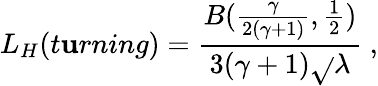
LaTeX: L_{H}(t\mathbf{u}rning)=\frac{{B(\frac{{\gamma}}{{2(\gamma+1)}},\frac{1}{2})}}{{3(\gamma+1)\sqrt{}{{\lambda}}}}\ ,